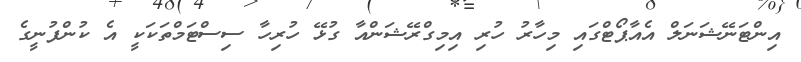
އިންޓަނޭޝަނަލް އެއާޕޯޓްގައި މިހާރު ހުރި އިމިގްރޭޝަންއާ ގުޅޭ ހުރިހާ ސިސްޓަމްތަކަކީ އެ ކުންފުނީގެ